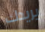
يريدك